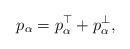
LaTeX: \begin{align*}p_\alpha =p_\alpha^\top +p_\alpha^\bot,\end{align*}